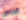
الناس